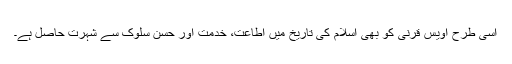
اسی طرح اویس قرنیؓ کو بھی اسلام کی تاریخ میں اطاعت، خدمت اور حسن سلوک سے شہرت حاصل ہے۔